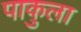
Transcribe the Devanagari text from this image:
पाकुला